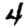
Digit: 4